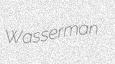
Wasserman